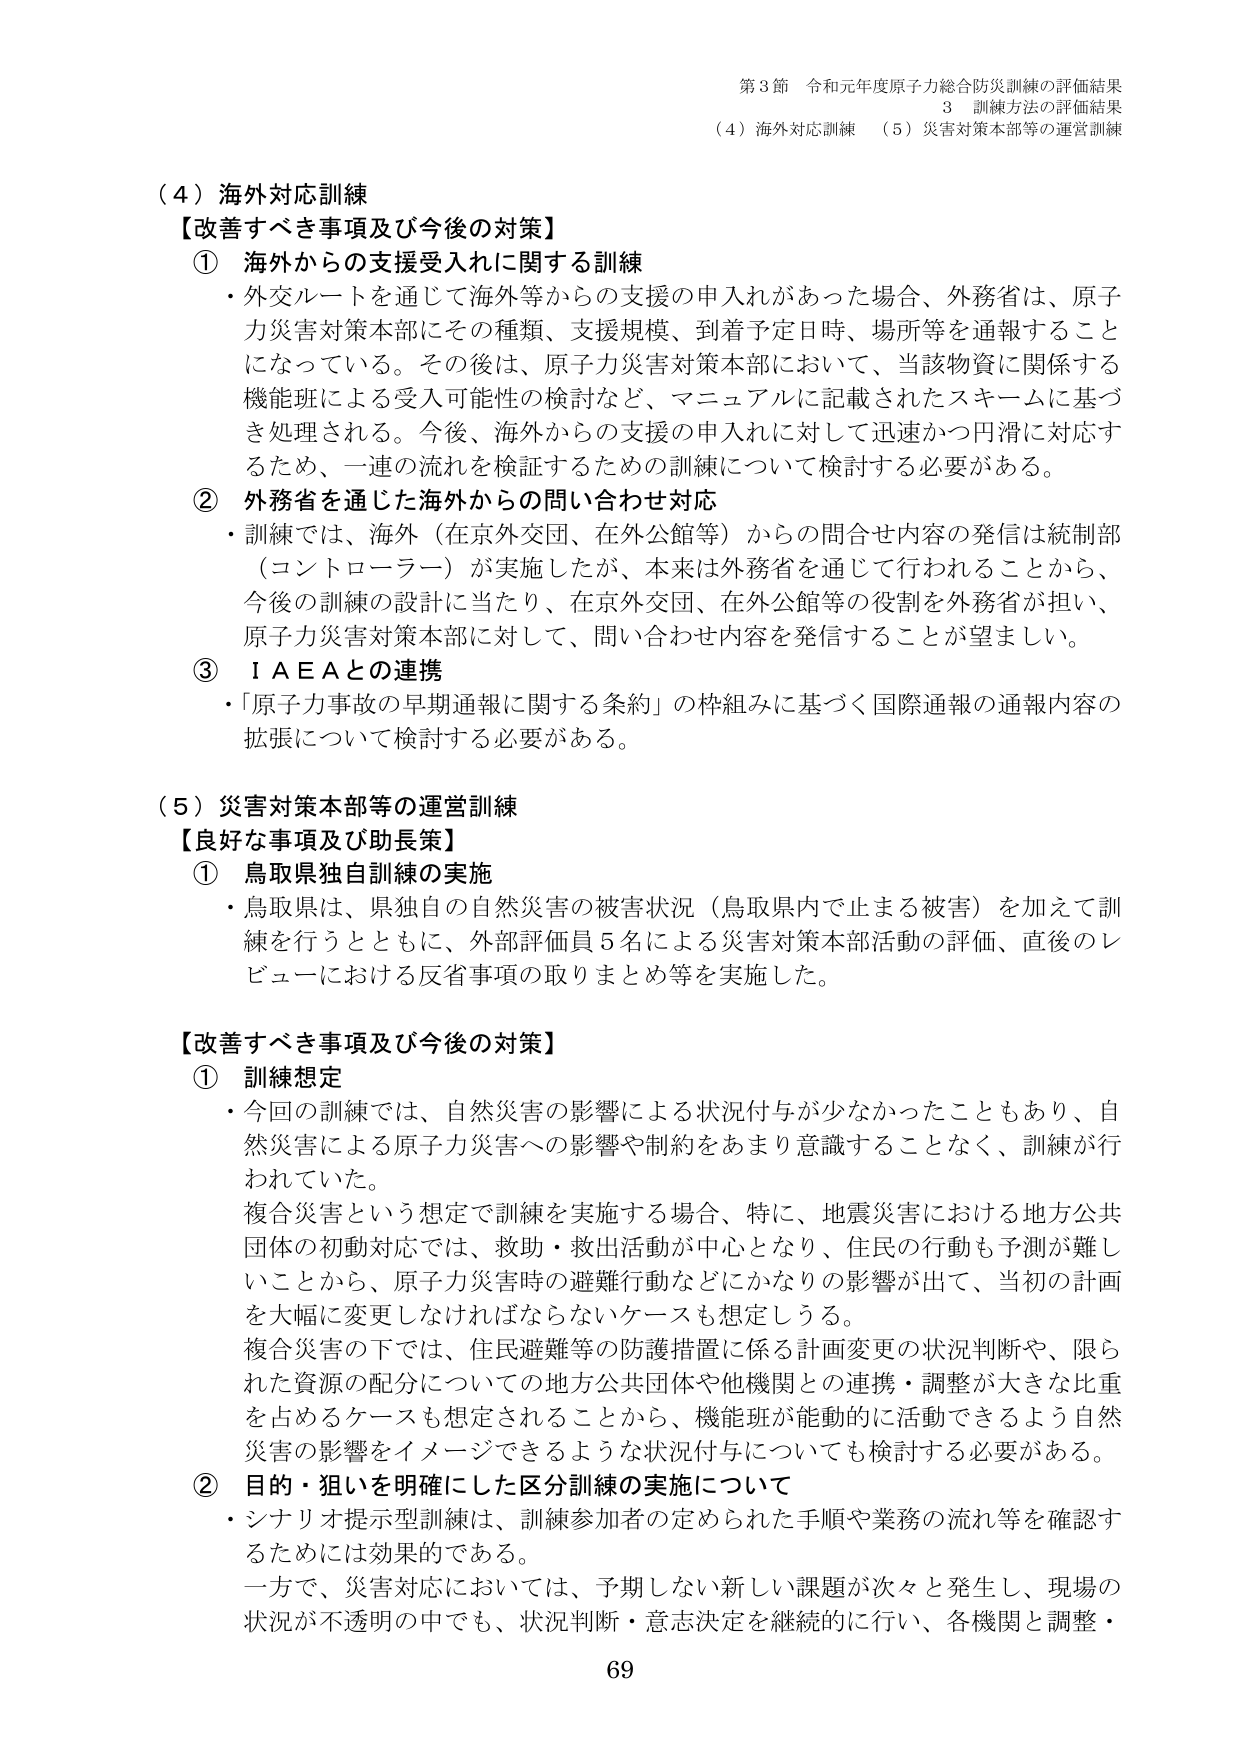
第3節 令和元年度原子力総合防災訓練の評価結果
3 訓練方法の評価結果
（4）海外対応訓練 （5）災害対策本部等の運営訓練

（4）海外対応訓練
【改善すべき事項及び今後の対策】
① 海外からの支援受入れに関する訓練
・外交ルートを通じて海外等からの支援の申入れがあった場合、外務省は、原子力災害対策本部にその種類、支援規模、到着予定日時、場所等を通報することになっている。その後は、原子力災害対策本部において、当該物資に関係する機能班による受入可能性の検討など、マニュアルに記載されたスキームに基づき処理される。今後、海外からの支援の申入れに対して迅速かつ円滑に対応するため、一連の流れを検証するための訓練について検討する必要がある。
② 外務省を通じた海外からの問い合わせ対応
・訓練では、海外（在京外交団、在外公館等）からの問合わせ内容の発信は統制部（コントローラー）が実施したが、本来は外務省を通じて行われることから、今後の訓練の設計に当たり、在京外交団、在外公館等の役割を外務省が担い、原子力災害対策本部に対して、問い合わせ内容を発信することが望ましい。
③ ＩＡＥＡとの連携
・「原子力事故の早期通報に関する条約」の枠組みに基づく国際通報の通報内容の拡張について検討する必要がある。

（5）災害対策本部等の運営訓練
【良好な事項及び助長策】
① 鳥取県独自訓練の実施
・鳥取県は、県独自の自然災害の被害状況（鳥取県内で止まる被害）を加えて訓練を行うとともに、外部評価員5名による災害対策本部活動の評価、直後のレビューにおける反省事項の取りまとめ等を実施した。

【改善すべき事項及び今後の対策】
① 訓練想定
・今回の訓練では、自然災害の影響による状況付与が少なかったこともあり、自然災害による原子力災害への影響や制約をあまり意識することなく、訓練が行われていた。
複合災害という想定で訓練を実施する場合、特に、地震災害における地方公共団体の初動対応では、救助・救出活動が中心となり、住民の行動も予測が難しいことから、原子力災害時の避難行動などにかなりの影響が出て、当初の計画を大幅に変更しなければならないケースも想定しうる。
複合災害の下では、住民避難等の防護措置に係る計画変更の状況判断や、限られた資源の配分についての地方公共団体や他機関との連携・調整が大きな比重を占めるケースも想定されることから、機能班が能動的に活動できるよう自然災害の影響をイメージできるような状況付与についても検討する必要がある。
② 目的・狙いを明確にした区分訓練の実施について
・シナリオ提示型訓練は、訓練参加者の定められた手順や業務の流れ等を確認するためには効果的である。
一方で、災害対応においては、予期しない新しい課題が次々と発生し、現場の状況が不透明の中でも、状況判断・意志決定を継続的に行い、各機関と調整・

69